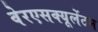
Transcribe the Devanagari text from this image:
वेरएसक्यूलेंटम